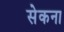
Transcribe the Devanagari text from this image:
सेकना